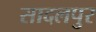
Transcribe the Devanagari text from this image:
सादलपुर